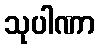
သုပါဏာ